Leaving Certificate Examination, 1907
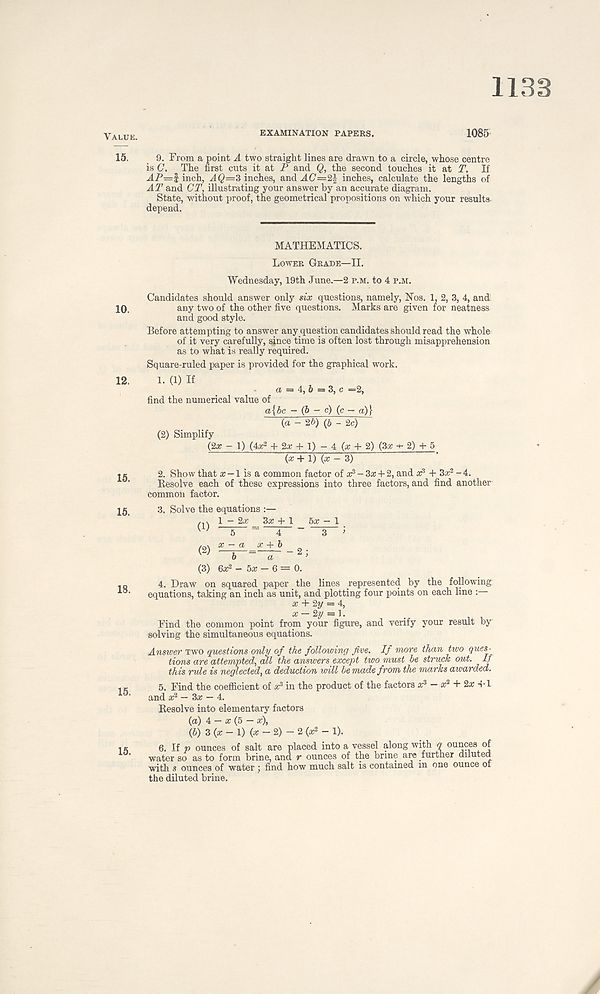
1133
Value.
15.
10.
12.
15.
15.
18.
15.
15.
EXAMINATION PAPERS.
1085
9. From a point A two straight lines are drawn to a circle, whose centre
is C. The first cuts it at P and Q, the second touches it at T. If
inch, AQ=3 inches, and AC=2} inches, calculate the lengths of
AT and CT, illustrating your answer by an accurate diagram.
State, without proof, the geometrical propositions on which your results
depend.
MATHEMATICS.
Lower Grade—II.
Wednesday, 19th June.—2 p.m. to 4 p.m.
Candidates should answer only six questions, namely, Nos. 1, 2, 3, 4, and
any two of the other five questions. Marks are given for neatness
and good style.
Before attempting to answer any question candidates should read the whole
of it very carefully, sj n ce time is often lost through misapprehension
as to what is really required.
Square-ruled paper is provided for the graphical work.
1. (1) H
a == 4, 6 = 3, c =2,
find the numerical value of
a{bc - (5 - c) (c — a)}
(a - 2b) (b - 2c)
(2) Simplify
(2x - 1) (4a 2 + 2# + 1) - 4 (# + 2) (3a; 2) + 5
(x + 1) (a - 3)
2. Show that a; -1 is a common factor of a: 3 - 3a; + 2, and ar 3 + 3a; 2 - 4.
Resolve each of these expressions into three factors, and find another
common factor.
3. Solve the equations ;—
fll 1 ~ 2a: _ 3a; + 1 5a; - 1
' ^ 5 ~ 4 ~ 3 i
(3) 6a; 2 - 5a: - 6 = 0.
4. Draw on squared paper the lines represented by the following
equations, taking an inch as unit, and plotting four points on each line :
x + 2y = 4,
Find the common point from your figure, and verify your result by
solving the simultaneous equations.
Answer two questions only of the followinq five. If more than two ques-
tions are attempted, all the answers except two must be struck out. If
this rule is neglected, a deduction will be made from the marks awarded.
5. Find the coefficient of a: 3 in the product of the factors a: 3 - a: 2 + 2a: 4-1
and a: 2 - 3a; — 4.
Resolve into elementary factors
(a) 4 — a; (5 — x),
(b) 3 (a; - 1) (x -2)-2(x 2 - 1).
6. If p ounces of salt are placed into a vessel along with q ounces of
water so as to form brine, and r ounces of the brine are further diluted
with s ounces of water ; find how much salt is contained in one ounce of
the diluted brine.
J